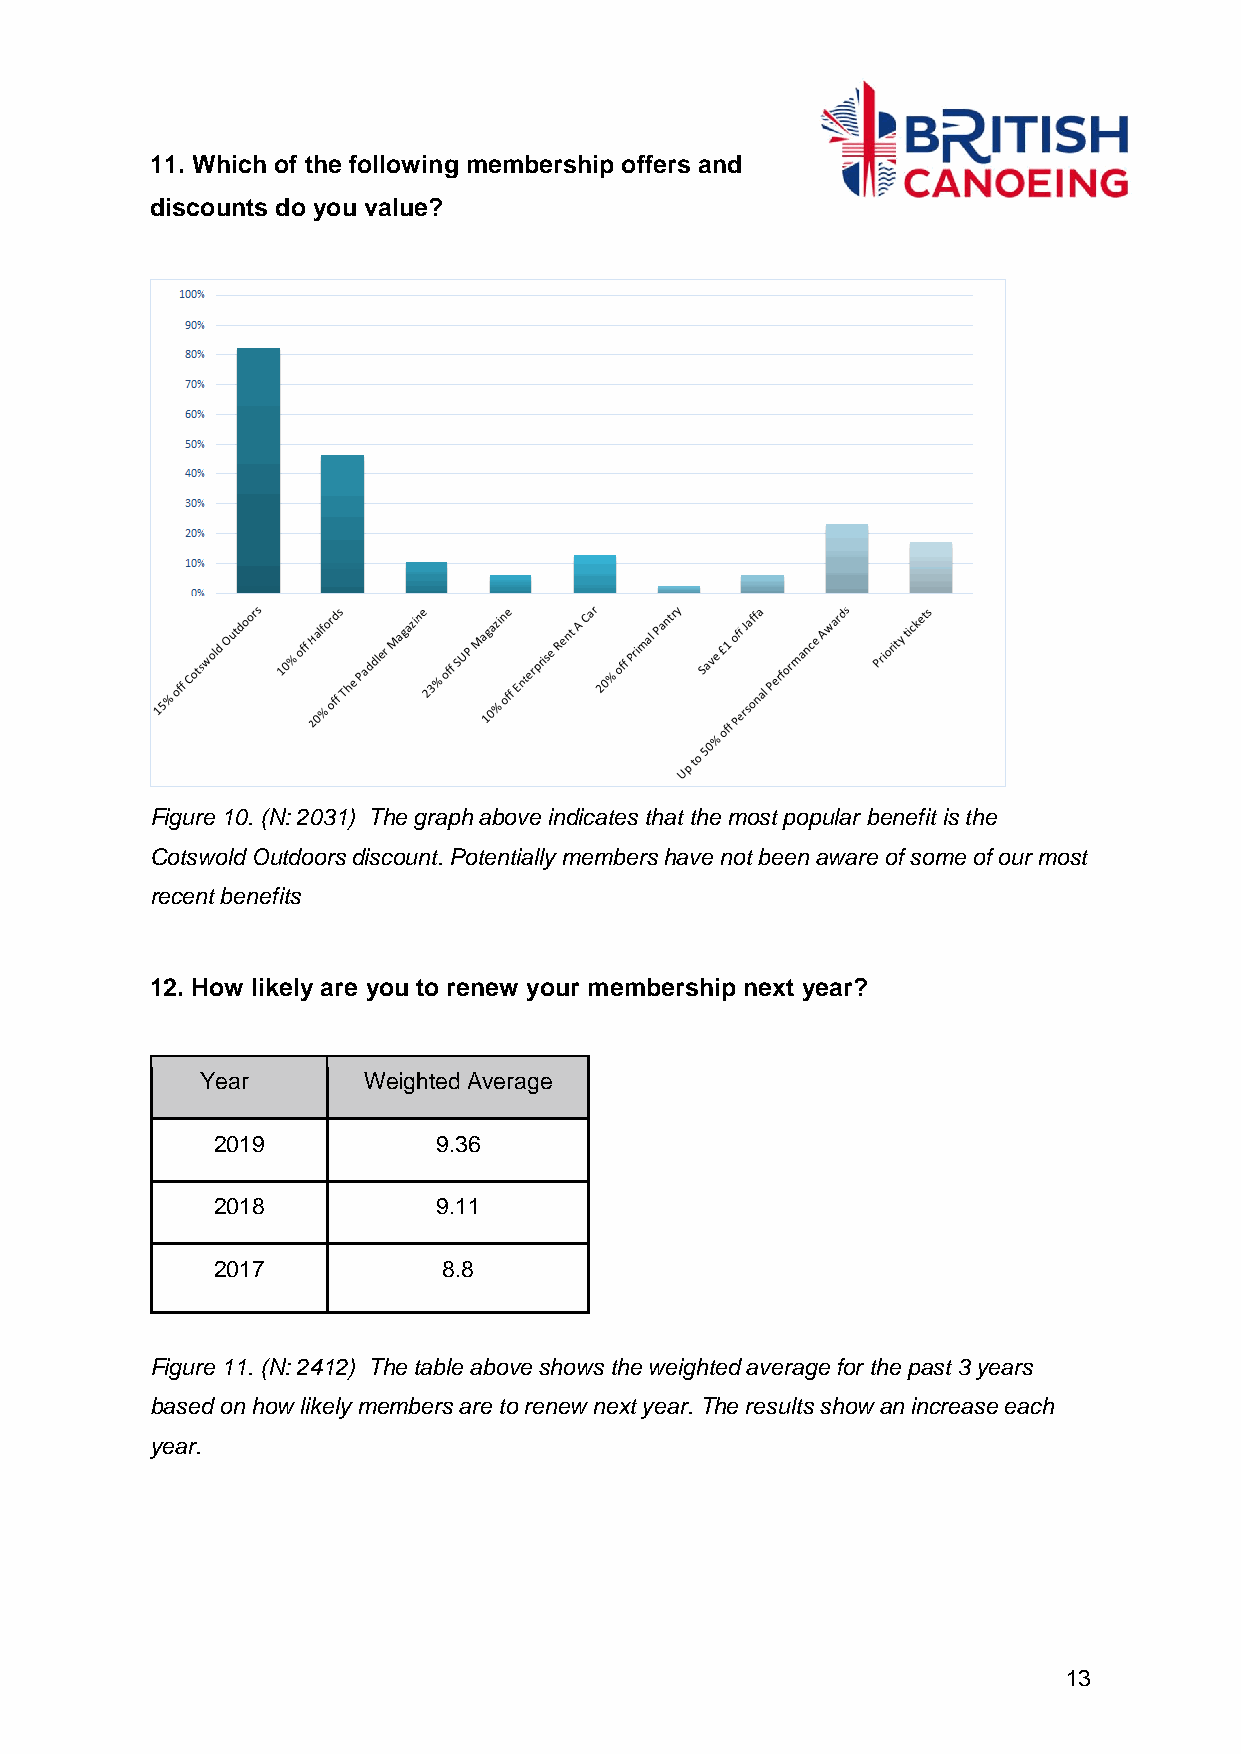
11. Which of the following membership offers and
 discounts do you value?
 Figure 10. (N: 2031) The graph above indicates that the most popular benefit is the
 Cotswold Outdoors discount. Potentially members have not been aware of some of our most
 recent benefits
 12. How likely are you to renew your membership next year?
 Year       Weighted Average
 2019           9.36
 2018           9.11
 2017           8.8
 Figure 11. (N: 2412) The table above shows the weighted average for the past 3 years
 based on how likely members are to renew next year. The results show an increase each
 year.
 13